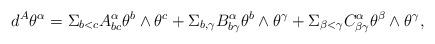
LaTeX: \begin{align*}d^{A}\theta ^{\alpha }=\Sigma _{b<c}A_{bc}^{\alpha }\theta ^{b}\wedge \theta^{c}+\Sigma _{b,\gamma }B_{b\gamma }^{\alpha }\theta ^{b}\wedge \theta^{\gamma }+\Sigma _{\beta <\gamma }C_{\beta \gamma }^{\alpha }\theta ^{\beta}\wedge \theta ^{\gamma }, \end{align*}